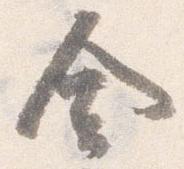
舎